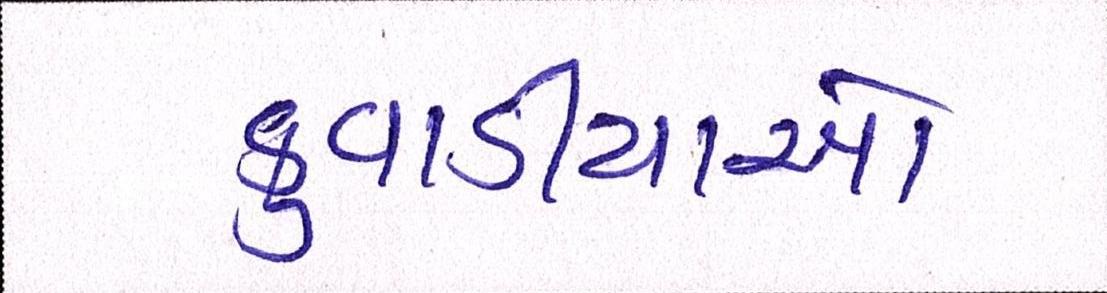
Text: કુવાડીયાઓ